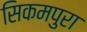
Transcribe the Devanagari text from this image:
सिकमपुरा